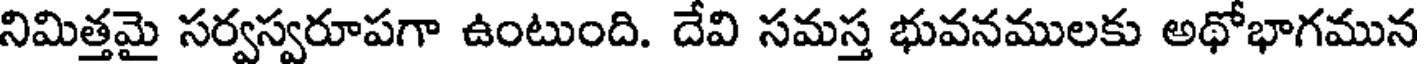
నిమిత్తమై సర్వస్వరూపగా ఉంటుంది. దేవి సమస్త భువనములకు అథోభాగమున